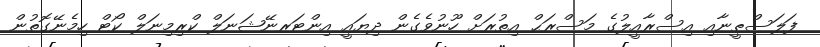
ފަލަސްޠީނާއި އިސްރާއީލުގެ މަސްރަޙް އިތުރަށް ހޫނުވެގެން ދިޔައީ އިންޓަރނޭޝަނަލް ކްރިމިނަލް ކޯޓް ހިމެނޭގޮތުން